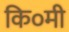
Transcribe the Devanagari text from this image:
कि०मी